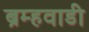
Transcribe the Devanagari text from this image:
ब्रम्हवाडी